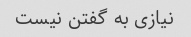
نیازی به گفتن نیست